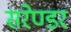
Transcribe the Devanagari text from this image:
सरेण्डर